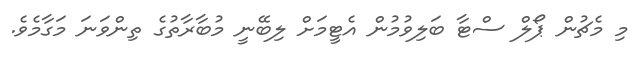
މި މެޗުން ޕޯލް ސްޓާ ބަލިވުމުން އެޓީމަށް ލިބޭނީ މުބާރާތުގެ ތިންވަނަ މަގާމެވެ.